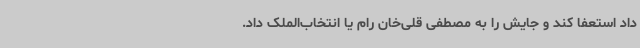
داد استعفا کند و جایش را به مصطفی قلی‌خان رام یا انتخاب‌الملک داد.